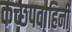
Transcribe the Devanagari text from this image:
कच्छपवाहिनी